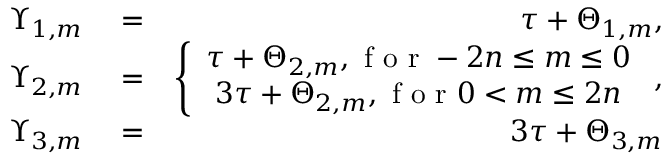
\begin{array} { r l r } { \Upsilon _ { 1 , m } } & { { } = } & { \tau + \Theta _ { 1 , m } , } \\ { \Upsilon _ { 2 , m } } & { { } = } & { \left\{ \begin{array} { c } { \tau + \Theta _ { 2 , m } , \mathrm { ~ f ~ o ~ r ~ } - 2 n \leq m \leq 0 } \\ { 3 \tau + \Theta _ { 2 , m } , \mathrm { ~ f ~ o ~ r ~ } 0 < m \leq 2 n } \end{array} \right. , } \\ { \Upsilon _ { 3 , m } } & { { } = } & { 3 \tau + \Theta _ { 3 , m } } \end{array}